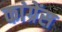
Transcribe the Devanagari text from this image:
कांग्रेंस